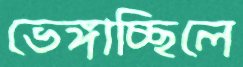
ভেঙ্গাচ্ছিলে